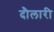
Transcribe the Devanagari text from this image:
दौलारी